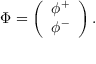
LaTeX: \nonumber \Phi = \left( \begin{array} { c } { { \phi ^ { + } } } \\ { { \phi ^ { - } } } \end{array} \right) .